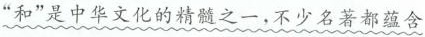
”和”是中华文化的精髓之一，不少名著都蕴含